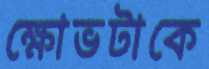
ক্ষোভটাকে